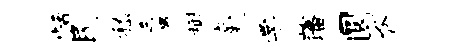
恬民嵇蜃榭毫学藩圜脊